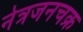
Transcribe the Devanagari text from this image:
नेत्रजनचक्र